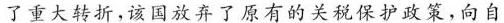
了重大转折，该国放弃了原有的关税保护政策，向自